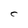
Character: C